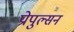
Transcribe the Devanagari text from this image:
प्रोपुल्सन